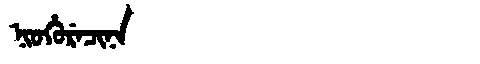
Manchu: ᠨᡳᠣᡥᡠᡵᡝᠴᡳᠨᠠ
Romanization: NIOHURECINA